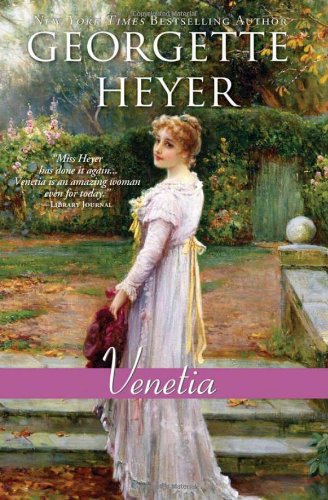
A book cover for Venetia: a heartfelt and charming clean Regency romance (Regency Romances); Georgette Heyer; Romance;